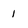
Character: 1